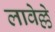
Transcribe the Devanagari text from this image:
लावेल्ले